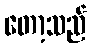
တော့သည်